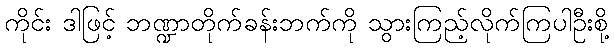
ကိုင်း ဒါဖြင့် ဘဏ္ဍာတိုက်ခန်းဘက်ကို သွားကြည့်လိုက်ကြပါဦးစို့